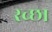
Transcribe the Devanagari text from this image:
रच्छा